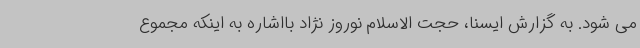
می شود. به گزارش ایسنا، حجت الاسلام نوروز نژاد بااشاره به اینکه مجموع